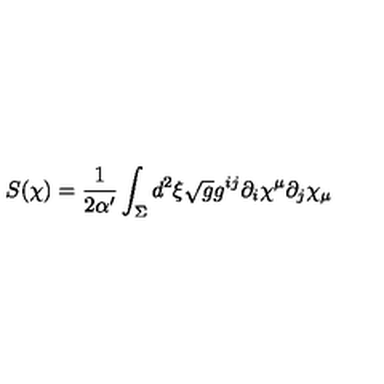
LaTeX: S ( \chi ) = \frac { 1 } { 2 \alpha ^ { \prime } } \int _ { \Sigma } d ^ { 2 } \xi \sqrt { g } g ^ { i j } \partial _ { i } \chi ^ { \mu } \partial _ { j } \chi _ { \mu }